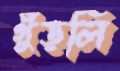
গুঁড়লি